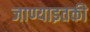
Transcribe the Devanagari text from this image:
जाण्याइतकी